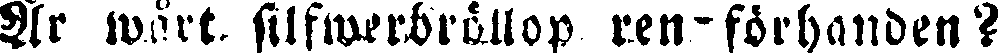
Ar wårt silfwerbröllop ren-förhanden?